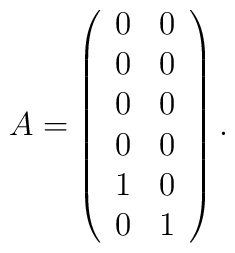
A=\left(\begin{array}{cc}0&0\\0&0\\0&0\\0&0\\1&0\\0&1\end{array} \right).